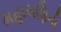
મહારાણિની